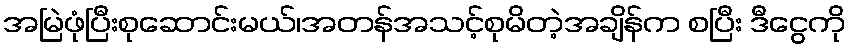
အမြဲဖုံပြီးစုဆောင်းမယ်၊အတန်အသင့်စုမိတဲ့အချိန်က စပြီး ဒီငွေကို